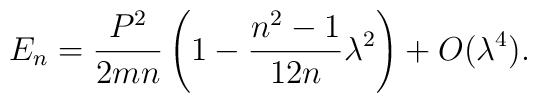
E_n={P^2\over 2m n}\left(1-{n^2-1\over 12 n}\lambda^2\right)+O(\lambda^4).